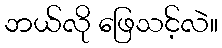
ဘယ်လို ဖြေသင့်လဲ။